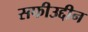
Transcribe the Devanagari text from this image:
सफीउद्दीन